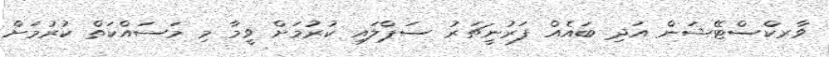
ވާރކްސްޓޭޝަން އަދި ބައެއް ފަރުނީޗަރު ސަޕްލައި ކުރުމަށް ވީމާ މި މަސައްކަތް ކުރުމަށް